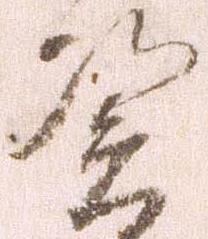
憑